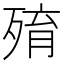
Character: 𣨧